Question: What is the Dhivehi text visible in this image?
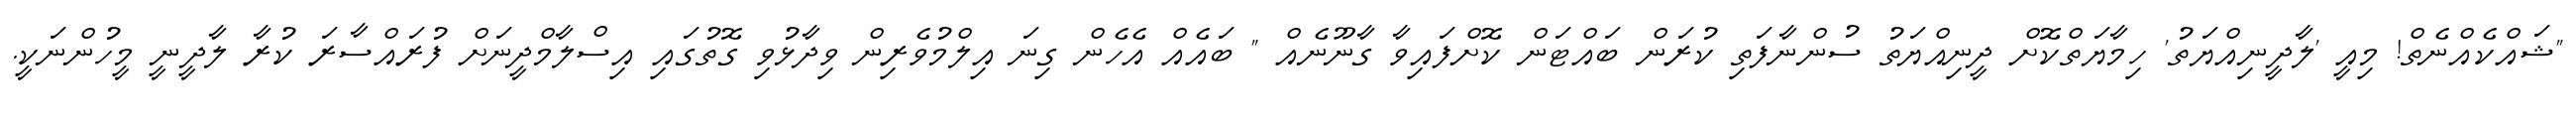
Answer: "ޝައްކެއްނެތް! މިއީ 'ލާދީނިއްޔަތު' ހިމާޔަތްކޮށް ދީނިއްޔަތު ސުންނާފަތި ކުރަން ބައްޓަން ކޮށްފައިވާ ގާނޫނެއް " ބައެއް އެހެން ގިނަ އިލްމުވެރިން ވިދާޅުވި ގޮތުގައި އިސްލާމްދީނަށް ފުރައްސާރަ ކުރާ ލާދީނީ މީހުންނަކީ.